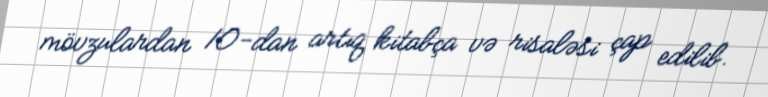
mövzulardan 10-dan artıq kitabça və risaləsi çap edilib.